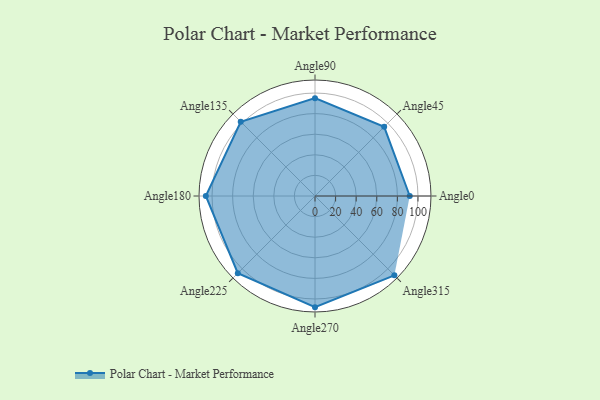
{"axis": {"x": "Angle", "y": "Radius"}, "legend": [""], "data": [{"x": "Angle0", "y": 92.0, "type": ""}, {"x": "Angle45", "y": 95.0, "type": ""}, {"x": "Angle90", "y": 95.0, "type": ""}, {"x": "Angle135", "y": 102.0, "type": ""}, {"x": "Angle180", "y": 106.0, "type": ""}, {"x": "Angle225", "y": 106.0, "type": ""}, {"x": "Angle270", "y": 108.0, "type": ""}, {"x": "Angle315", "y": 109.0, "type": ""}]}